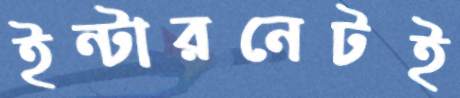
ইন্টারনেটই